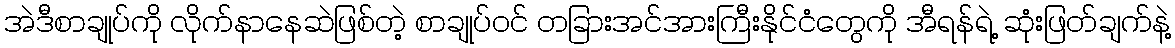
အဲဒီစာချုပ်ကို လိုက်နာနေဆဲဖြစ်တဲ့ စာချုပ်ဝင် တခြားအင်အားကြီးနိုင်ငံတွေကို အီရန်ရဲ့ ဆုံးဖြတ်ချက်နဲ့